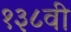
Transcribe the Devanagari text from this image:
१३८वी